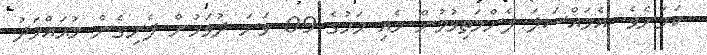
ކަމަށެވެ. އެމައްސަލަ ފެންމަތިވުމުން މެއި މަހުގެ 09 ވަނަ ދުވަހުން ފެށިގެން މުޙައްމަދު